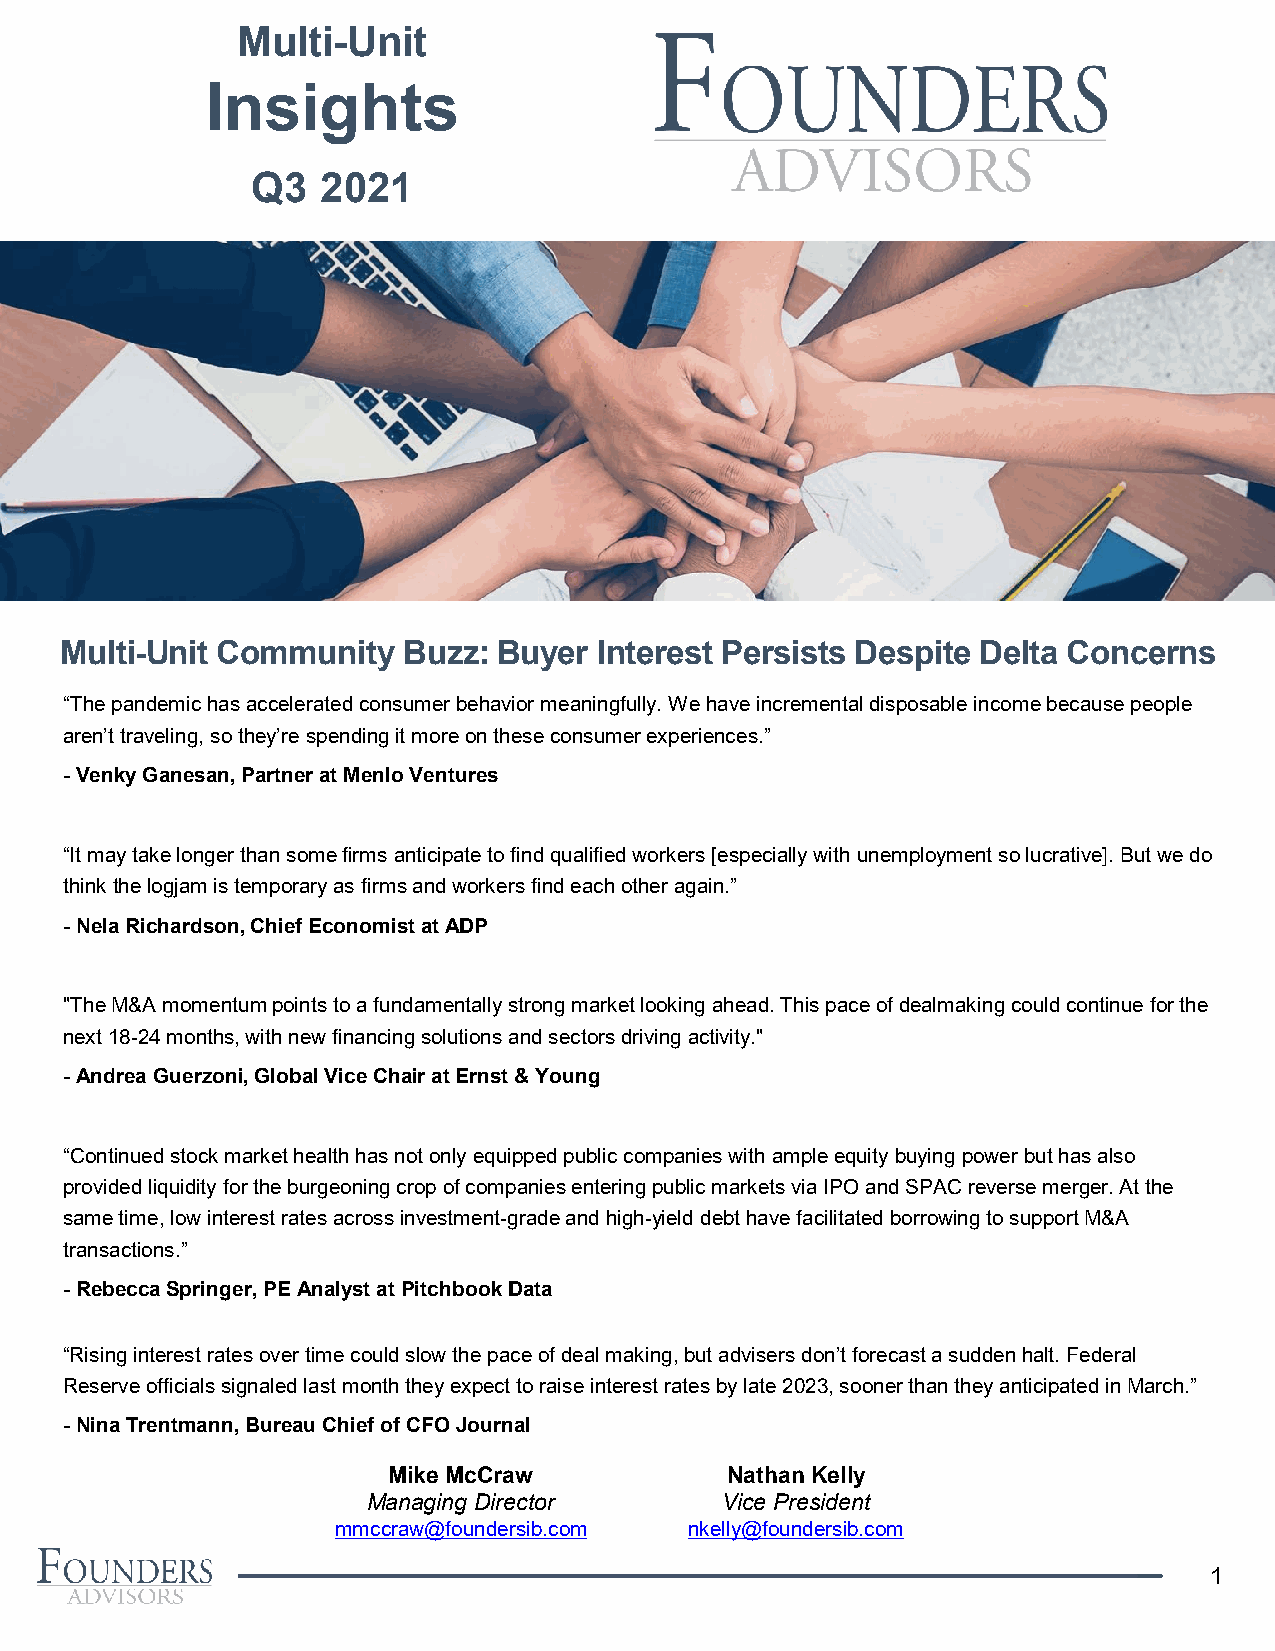
Multi-Unit
 Insights
 Q3  2021
 Multi-Unit Community   Buzz: Buyer  Interest Persists Despite Delta Concerns
 “The pandemic has accelerated consumer behavior meaningfully. We have incremental disposable income because people
 aren’t traveling, so they’re spending it more on these consumer experiences.”
 -Venky Ganesan, Partner at Menlo Ventures
 “It may take longer than some firms anticipate to find qualified workers [especially with unemployment so lucrative]. But we do
 think thelogjam is temporary as firms and workers find each other again.”
 -NelaRichardson, Chief Economist at ADP
 "The M&A momentum points to a fundamentally strong market looking ahead. This pace of dealmaking could continue for the
 next 18-24 months, with new financing solutions and sectors driving activity."
 -Andrea Guerzoni, Global Vice Chair at Ernst & Young
 “Continued stock market health has not only equipped public companies with ample equity buying power but has also
 provided liquidity for the burgeoning crop of companies entering public markets via IPO and SPAC reverse merger. At the
 same time, low interest rates across investment-grade and high-yield debt have facilitated borrowing to support M&A
 transactions.”
 -Rebecca Springer, PE Analyst at Pitchbook Data
 “Rising interest rates over time could slow the pace of deal making, but advisers don’t forecast a sudden halt. Federal
 Reserve officials signaled last month they expect to raise interest rates by late 2023, sooner than they anticipated in March.”
 -Nina Trentmann, Bureau Chief of CFO Journal
 Mike McCraw           Nathan Kelly
 Managing Director       Vice President
 mmccraw@foundersib.com  nkelly@foundersib.com
 1